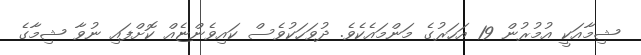
ޝިމާއަކީ އުމުރުން 19 އަހަރުގެ މަންމައެކެވެ. ދުވަހަކުވެސް ކައިވެންޏެއް ކޮށްފައި ނުވާ ޝިމާގެ